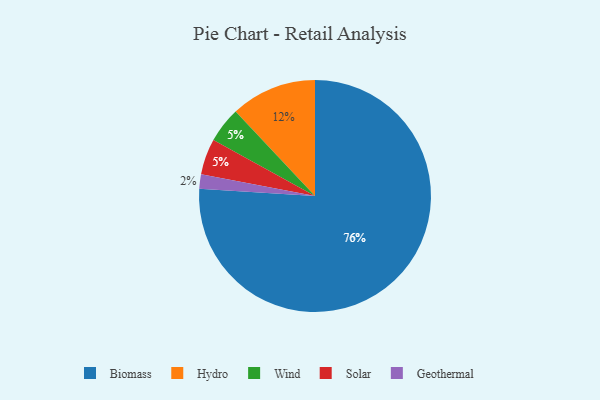
{"axis": {"x": "Category", "y": "Percentage"}, "legend": ["Biomass", "Geothermal", "Hydro", "Solar", "Wind"], "data": [{"x": "Geothermal", "y": 2, "type": "Geothermal"}, {"x": "Wind", "y": 5, "type": "Wind"}, {"x": "Biomass", "y": 76, "type": "Biomass"}, {"x": "Solar", "y": 5, "type": "Solar"}, {"x": "Hydro", "y": 12, "type": "Hydro"}]}